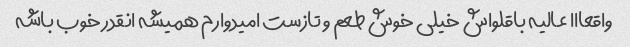
واقعااا عالیه باقلواش خیلی خوش طعم و تازست امیدوارم همیشه انقدر خوب باشه